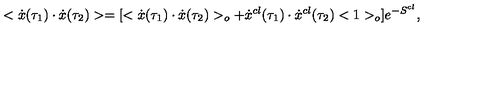
< \dot { x } ( \tau _ { 1 } ) \cdot \dot { x } ( \tau _ { 2 } ) > = [ < \dot { x } ( \tau _ { 1 } ) \cdot \dot { x } ( \tau _ { 2 } ) > _ { o } + \dot { x } ^ { c l } ( \tau _ { 1 } ) \cdot \dot { x } ^ { c l } ( \tau _ { 2 } ) < 1 > _ { o } ] e ^ { - S ^ { c l } } ,